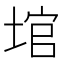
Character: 𪣬